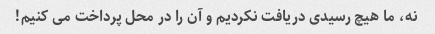
نه، ما هیچ رسیدی دریافت نکردیم و آن را در محل پرداخت می کنیم!